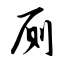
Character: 厕